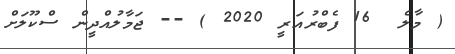
( މާލެ  16 ފެބްރުއަރީ 2020 ) -- ޖަމާލުއްދީން ސްކޫލަށް